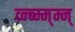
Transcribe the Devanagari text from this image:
व्न्ब्म्म्म्न्